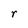
Character: r